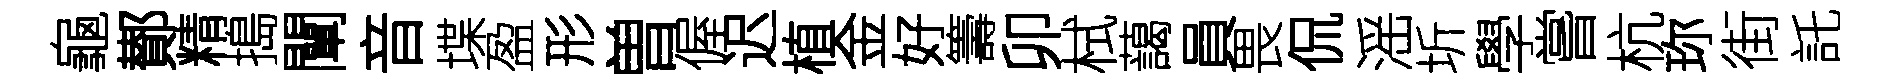
龜鄼精搗闡音堞盈形曽偓迟植金好籌卯栻藹員畏侃滛圻學嘗杭珎街託